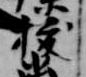
抜